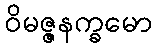
ဝိမဇ္ဇနက္ခမော